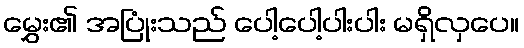
မွှေး၏ အပြုံးသည် ပေါ့ပေါ့ပါးပါး မရှိလှပေ။